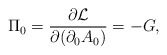
\begin{align*}\Pi_0 = \frac{\partial {\cal{L}}}{\partial(\partial_0A_{0})} = -G, \end{align*}